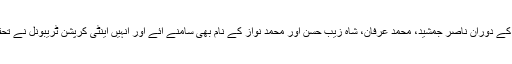
مذکورہ معاملے کی تحقیقات کے دوران ناصر جمشید، محمد عرفان، شاہ زیب حسن اور محمد نواز کے نام بھی سامنے آئے اور انہیں اینٹی کرپشن ٹریبونل نے تحقیقات کے لیے طلب بھی کیا۔